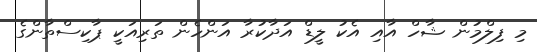
މި ފިލްމުން ޝާހް އާއި އެކު ލީޑް އަދާކުރާ އަންހެން ތަރިއަކީ ޕާކިސްތާންގެ